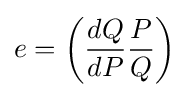
e=\left({\frac {dQ}{dP}}{\frac {P}{Q}}\right)